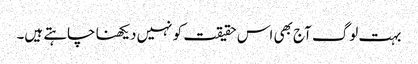
بہت لوگ آج بھی اس حقیقت کو نہیں دیکھنا چاہتے ہیں۔